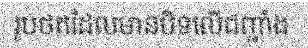
រូបថតដែលមានបិទលើជញ្ជាំង